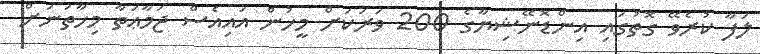
ލަފާ ކުރެވޭ ގޮތުގައި އިންޑޮނޭޝިޔާގެ 200 ވަރަކަށް މީހުން އައިއެސް ޖަމާޢަތާ މިހާތަނަށް